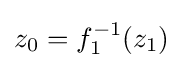
z_{0}=f_{1}^{-1}(z_{1})